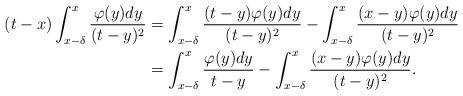
LaTeX: \begin{align*}(t-x)\int_{x-\delta}^{x}\frac{\varphi(y)dy}{(t-y)^2}&=\int_{x-\delta}^{x}\frac{(t-y)\varphi(y)dy}{(t-y)^2}-\int_{x-\delta}^{x}\frac{(x-y)\varphi(y)dy}{(t-y)^2}\\&=\int_{x-\delta}^{x}\frac{\varphi(y)dy}{t-y}-\int_{x-\delta}^{x}\frac{(x-y)\varphi(y)dy}{(t-y)^2}.\end{align*}